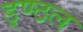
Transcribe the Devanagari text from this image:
ड्ण्ठल